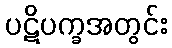
ပဋိပက္ခအတွင်း